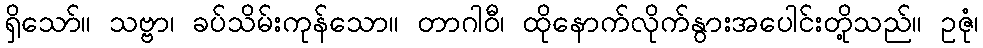
ရှိသော်။ သဗ္ဗာ၊ ခပ်သိမ်းကုန်သော။ တာဂါဝီ၊ ထိုနောက်လိုက်နွားအပေါင်းတို့သည်။ ဥဇုံ၊